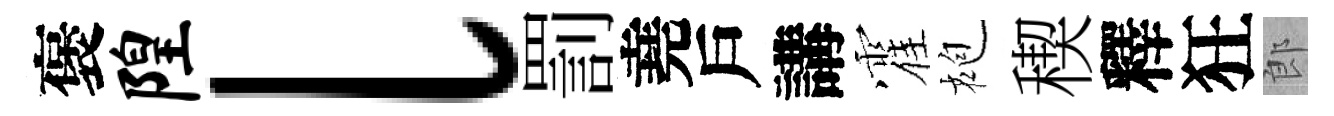
褒隍l罰堯戶講霍袍稧釋狂郎